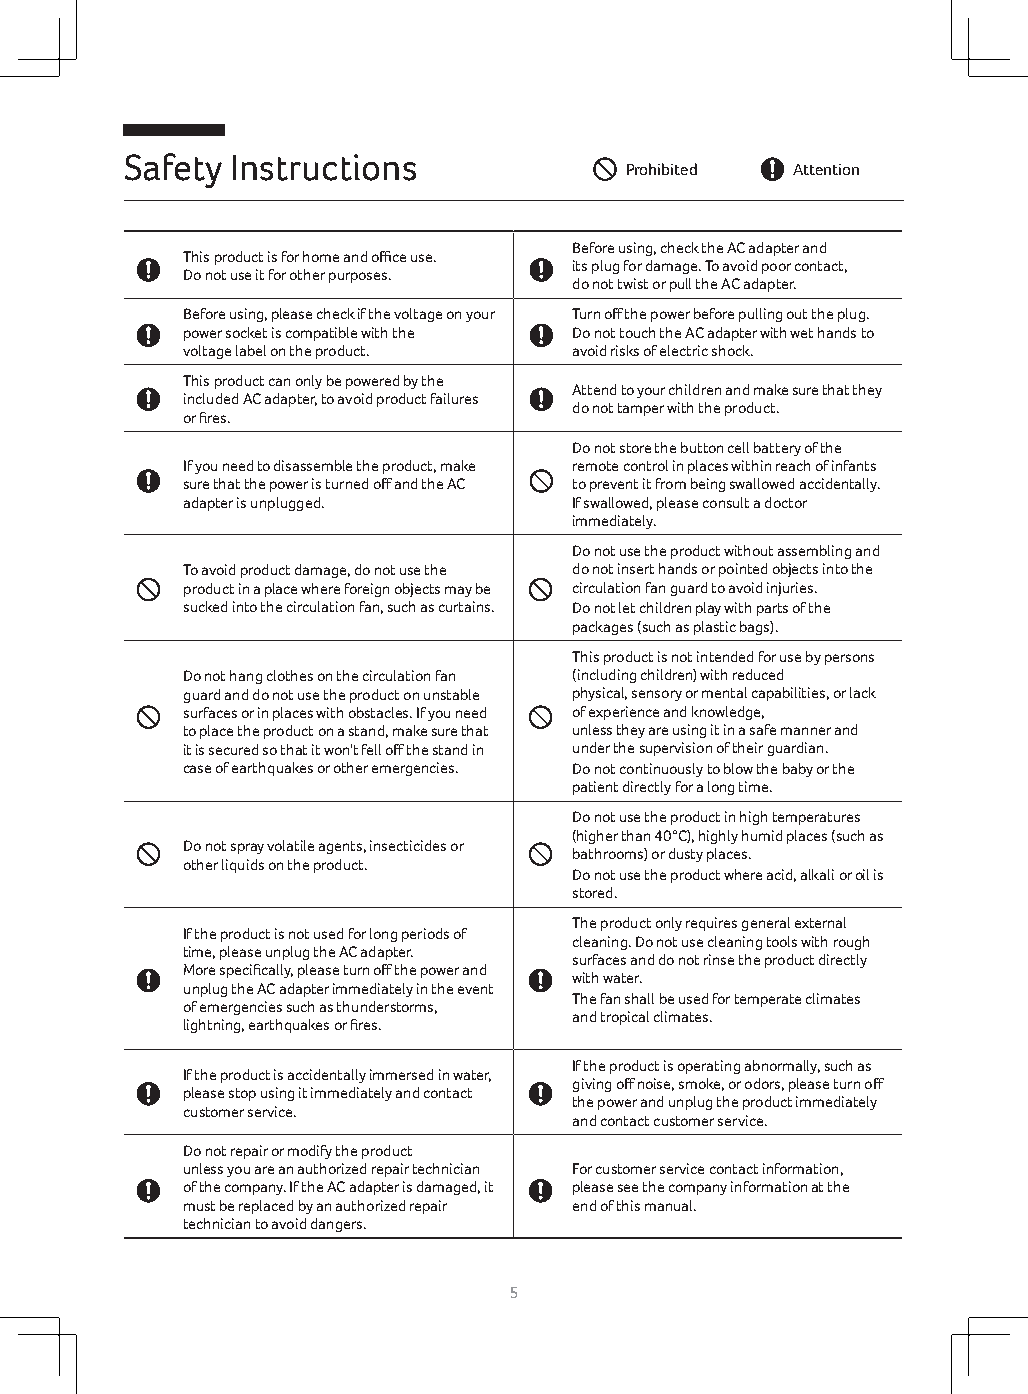
Safety Instructions
 Prohibited Attention
 Before using, check the AC adapter and
 This product is for home and office use.
 its plug for damage. To avoid poor contact,
 Do not use it for other purposes.
 do not twist or pull the AC adapter.
 Before using, please check if the voltage on your Turn off the power before pulling out the plug.
 power socket is compatible with the Do not touch the AC adapter with wet hands to
 voltage label on the product. avoid risks of electric shock.
 This product can only be powered by the
 Attend to your children and make sure that they
 included AC adapter, to avoid product failures
 do not tamper with the product.
 or fires.
 Do not store the button cell battery of the
 If you need to disassemble the product, make remote control in places within reach of infants
 sure that the power is turned off and the AC to prevent it from being swallowed accidentally.
 adapter is unplugged.     If swallowed, please consult a doctor
 immediately.
 Do not use the product without assembling and
 To avoid product damage, do not use the do not insert hands or pointed objects into the
 product in a place where foreign objects may be circulation fan guard to avoid injuries.
 sucked into the circulation fan, such as curtains. Do not let children play with parts of the
 packages (such as plastic bags).
 This product is not intended for use by persons
 Do not hang clothes on the circulation fan (including children) with reduced
 guard and do not use the product on unstable physical, sensory or mental capabilities, or lack
 surfaces or in places with obstacles. If you need of experience and knowledge,
 to place the product on a stand, make sure that unless they are using it in a safe manner and
 it is secured so that it won't fell off the stand in under the supervision of their guardian.
 case of earthquakes or other emergencies. Do not continuously to blow the baby or the
 patient directly for a long time.
 Do not use the product in high temperatures
 (higher than 40°C), highly humid places (such as
 Do not spray volatile agents, insecticides or
 bathrooms) or dusty places.
 other liquids on the product.
 Do not use the product where acid, alkali or oil is
 stored.
 The product only requires general external
 If the product is not used for long periods of
 cleaning. Do not use cleaning tools with rough
 time, please unplug the AC adapter.
 surfaces and do not rinse the product directly
 More specifically, please turn off the power and
 with water.
 unplug the AC adapter immediately in the event
 The fan shall be used for temperate climates
 of emergencies such as thunderstorms,
 and tropical climates.
 lightning, earthquakes or fires.
 If the product is operating abnormally, such as
 If the product is accidentally immersed in water,
 giving off noise, smoke, or odors, please turn off
 please stop using it immediately and contact
 the power and unplug the product immediately
 customer service.
 and contact customer service.
 Do not repair or modify the product
 unless you are an authorized repair technician For customer service contact information,
 of the company. If the AC adapter is damaged, it please see the company information at the
 must be replaced by an authorized repair end of this manual.
 technician to avoid dangers.
 5